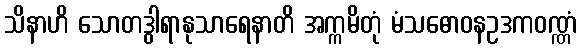
သိနာဟိ သောတဒွါရာနုသာရေနာတိ အက္ကမိတုံ မံသဓောဝနဥဒကဝဏ္ဏံ